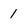
Character: 1